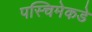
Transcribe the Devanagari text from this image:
पस्चिमेकडे